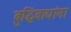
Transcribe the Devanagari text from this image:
बुद्धिवाद्यांना